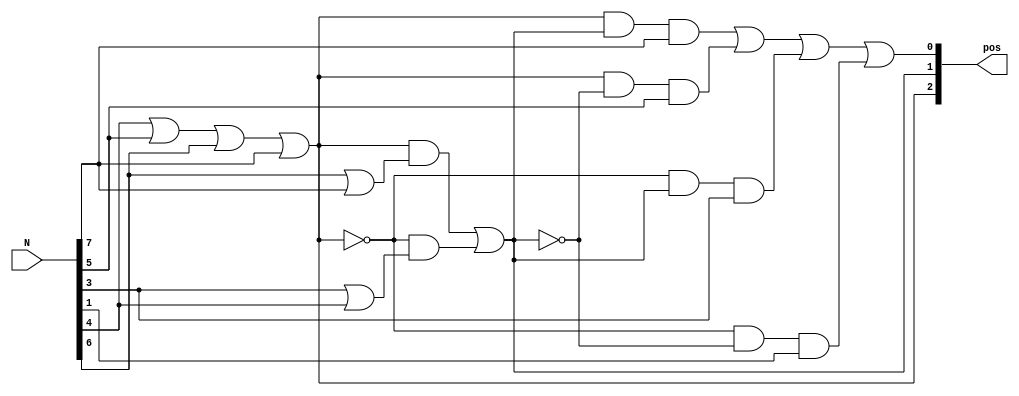
module prio_en(
	input [7:0]N,
	output [2:0]pos
);
assign pos[2] = N[4] | N[5] | N[6] | N[7];
assign pos[1] = (pos[2] & (N[6] | N[7])) | (~pos[2] & (N[3] | N[4]));
assign pos[0] = (pos[2] & pos[1] & N[7]) | (pos[2] & ~pos[1] & N[5]) | (~pos[2] & pos[1] & N[3]) | (~pos[2] & ~pos[1] & N[1]);

endmodule